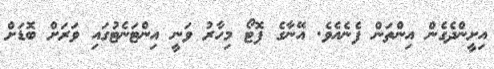
އިށީންދެގެން އިންތަން ފެނެއެވެ. އޭނާގެ ފޮޓޯ މިހާރު ވަނީ އިންޓަނެޓުގައި ވަރަށް ބޮޑަށް